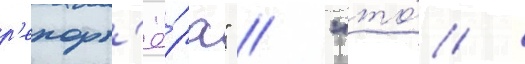
р'епорт'ё́ра" // "то́ /